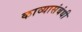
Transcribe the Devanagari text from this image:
काव्यासंबंधी